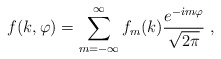
\begin{align*}f(k,\varphi)=\sum_{m=-\infty}^{\infty} f_m(k){e^{-\dot{\imath}m\varphi}\over\sqrt{2\pi}}\;,\end{align*}